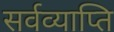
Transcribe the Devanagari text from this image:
सर्वव्याप्ति